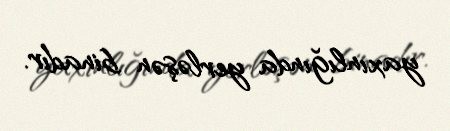
yaxınlığında yerləşən binadır.